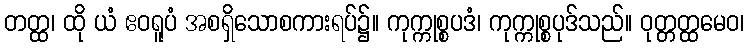
တတ္ထ၊ ထို ယံ ဧဝရူပံ အစရှိသောစကားရပ်၌။ ကုက္ကုစ္စပဒံ၊ ကုက္ကုစ္စပုဒ်သည်။ ဝုတ္တတ္ထမေဝ၊